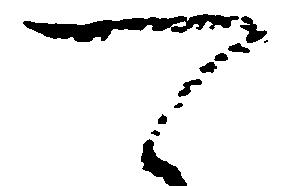
可